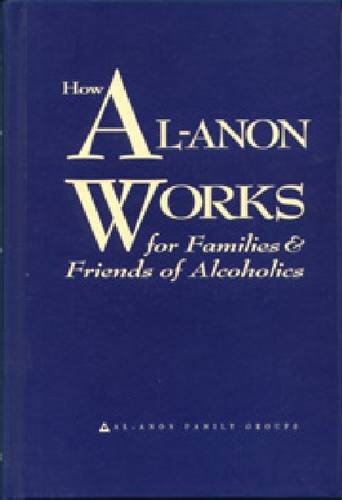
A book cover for How Al-Anon Works for Families & Friends of Alcoholics; Al-Anon Family Groups; Health, Fitness & Dieting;